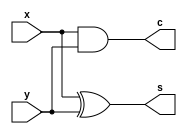
module half_adder(
	input x, y,
	output s, c
	);
	
	xor xo(s, x, y);
	and a(c, x, y);

endmodule